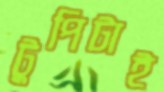
টুপিটাই